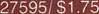
27595/$1.75